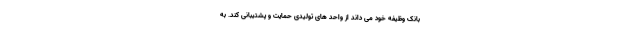
بانک وظیفه خود می داند از واحد های تولیدی حمایت و پشتیبانی کند. به